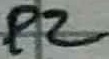
Text: P2